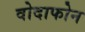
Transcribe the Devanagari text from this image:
वोदाफोन